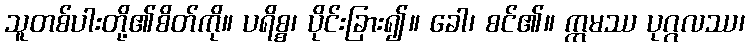
သူတစ်ပါးတို့၏စိတ်ကို။ ပရိစ္စ၊ ပိုင်းခြား၍။ ခေါ၊ စင်၏။ ဣမဿ ပုဂ္ဂလဿ၊